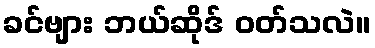
ခင်ဗျား ဘယ်ဆိုဒ် ဝတ်သလဲ။